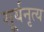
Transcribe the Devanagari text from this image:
सूर्यनृत्य